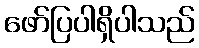
ဖော်ပြပါရှိပါသည်